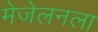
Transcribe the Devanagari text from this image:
मेजेलनला